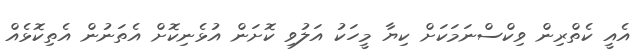
އެއީ ކެތްރިން ވިކްސްނަމަކަށް ކިޔާ މީހަކު އަލުވި ކޮށަން އުޅެނިކޮށް އެތަނުން އެތިކޮޅެއް